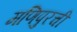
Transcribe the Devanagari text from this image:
मणिपुरची